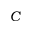
C